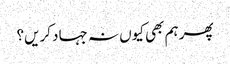
پھر ہم بھی کیوں نہ جہاد کریں؟